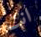
انت